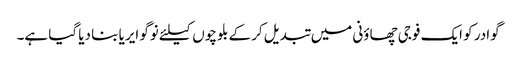
گوادر کو ایک فوجی چھاؤنی میں تبدیل کرکے بلوچوں کیلئے نوگو ایریا بنا دیا گیا ہے۔